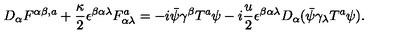
D _ { \alpha } { F } ^ { \alpha \beta , a } + \frac { \kappa } { 2 } \epsilon ^ { \beta \alpha \lambda } { F } _ { \alpha \lambda } ^ { a } = - i \bar { \psi } \gamma ^ { \beta } { T } ^ { a } \psi - i \frac { u } { 2 } \epsilon ^ { \beta \alpha \lambda } D _ { \alpha } ( \bar { \psi } \gamma _ { \lambda } { T } ^ { a } \psi ) .